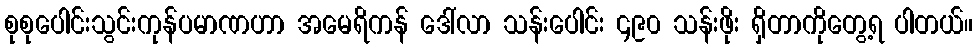
စုစုပေါင်းသွင်းကုန်ပမာဏဟာ အမေရိကန် ဒေါ်လာ သန်းပေါင်း ၄၉၀ သန်းဖိုး ရှိတာကိုတွေ့ရ ပါတယ်။